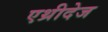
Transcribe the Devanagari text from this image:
एथ्रीदेज